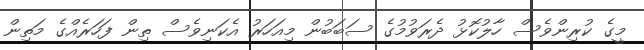
މީގެ ކުރިންވެސް ހާލުކޮޅު ދެރަވުމުގެ ސަބަބުން މިއަހަރު އެކަނިވެސް ތިން ފަހަރެއްގެ މަތިން